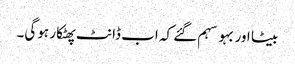
بیٹا اور بہو سہم گئے کہ اب ڈانٹ پھٹکار ہوگی۔